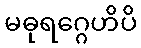
မဓုရဂ္ဂေဟိပိ